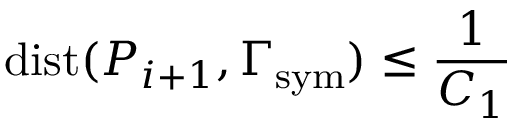
\mathrm { d i s t } ( P _ { i + 1 } , \Gamma _ { \mathrm { { s y m } } } ) \leq \frac { 1 } { C _ { 1 } }